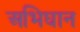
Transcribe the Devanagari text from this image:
अभिघान